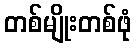
တစ်မျိုးတစ်ဖုံ